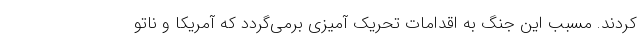
کردند. مسبب این جنگ به اقدامات تحریک آمیزی برمی‌گردد که آمریکا و ناتو